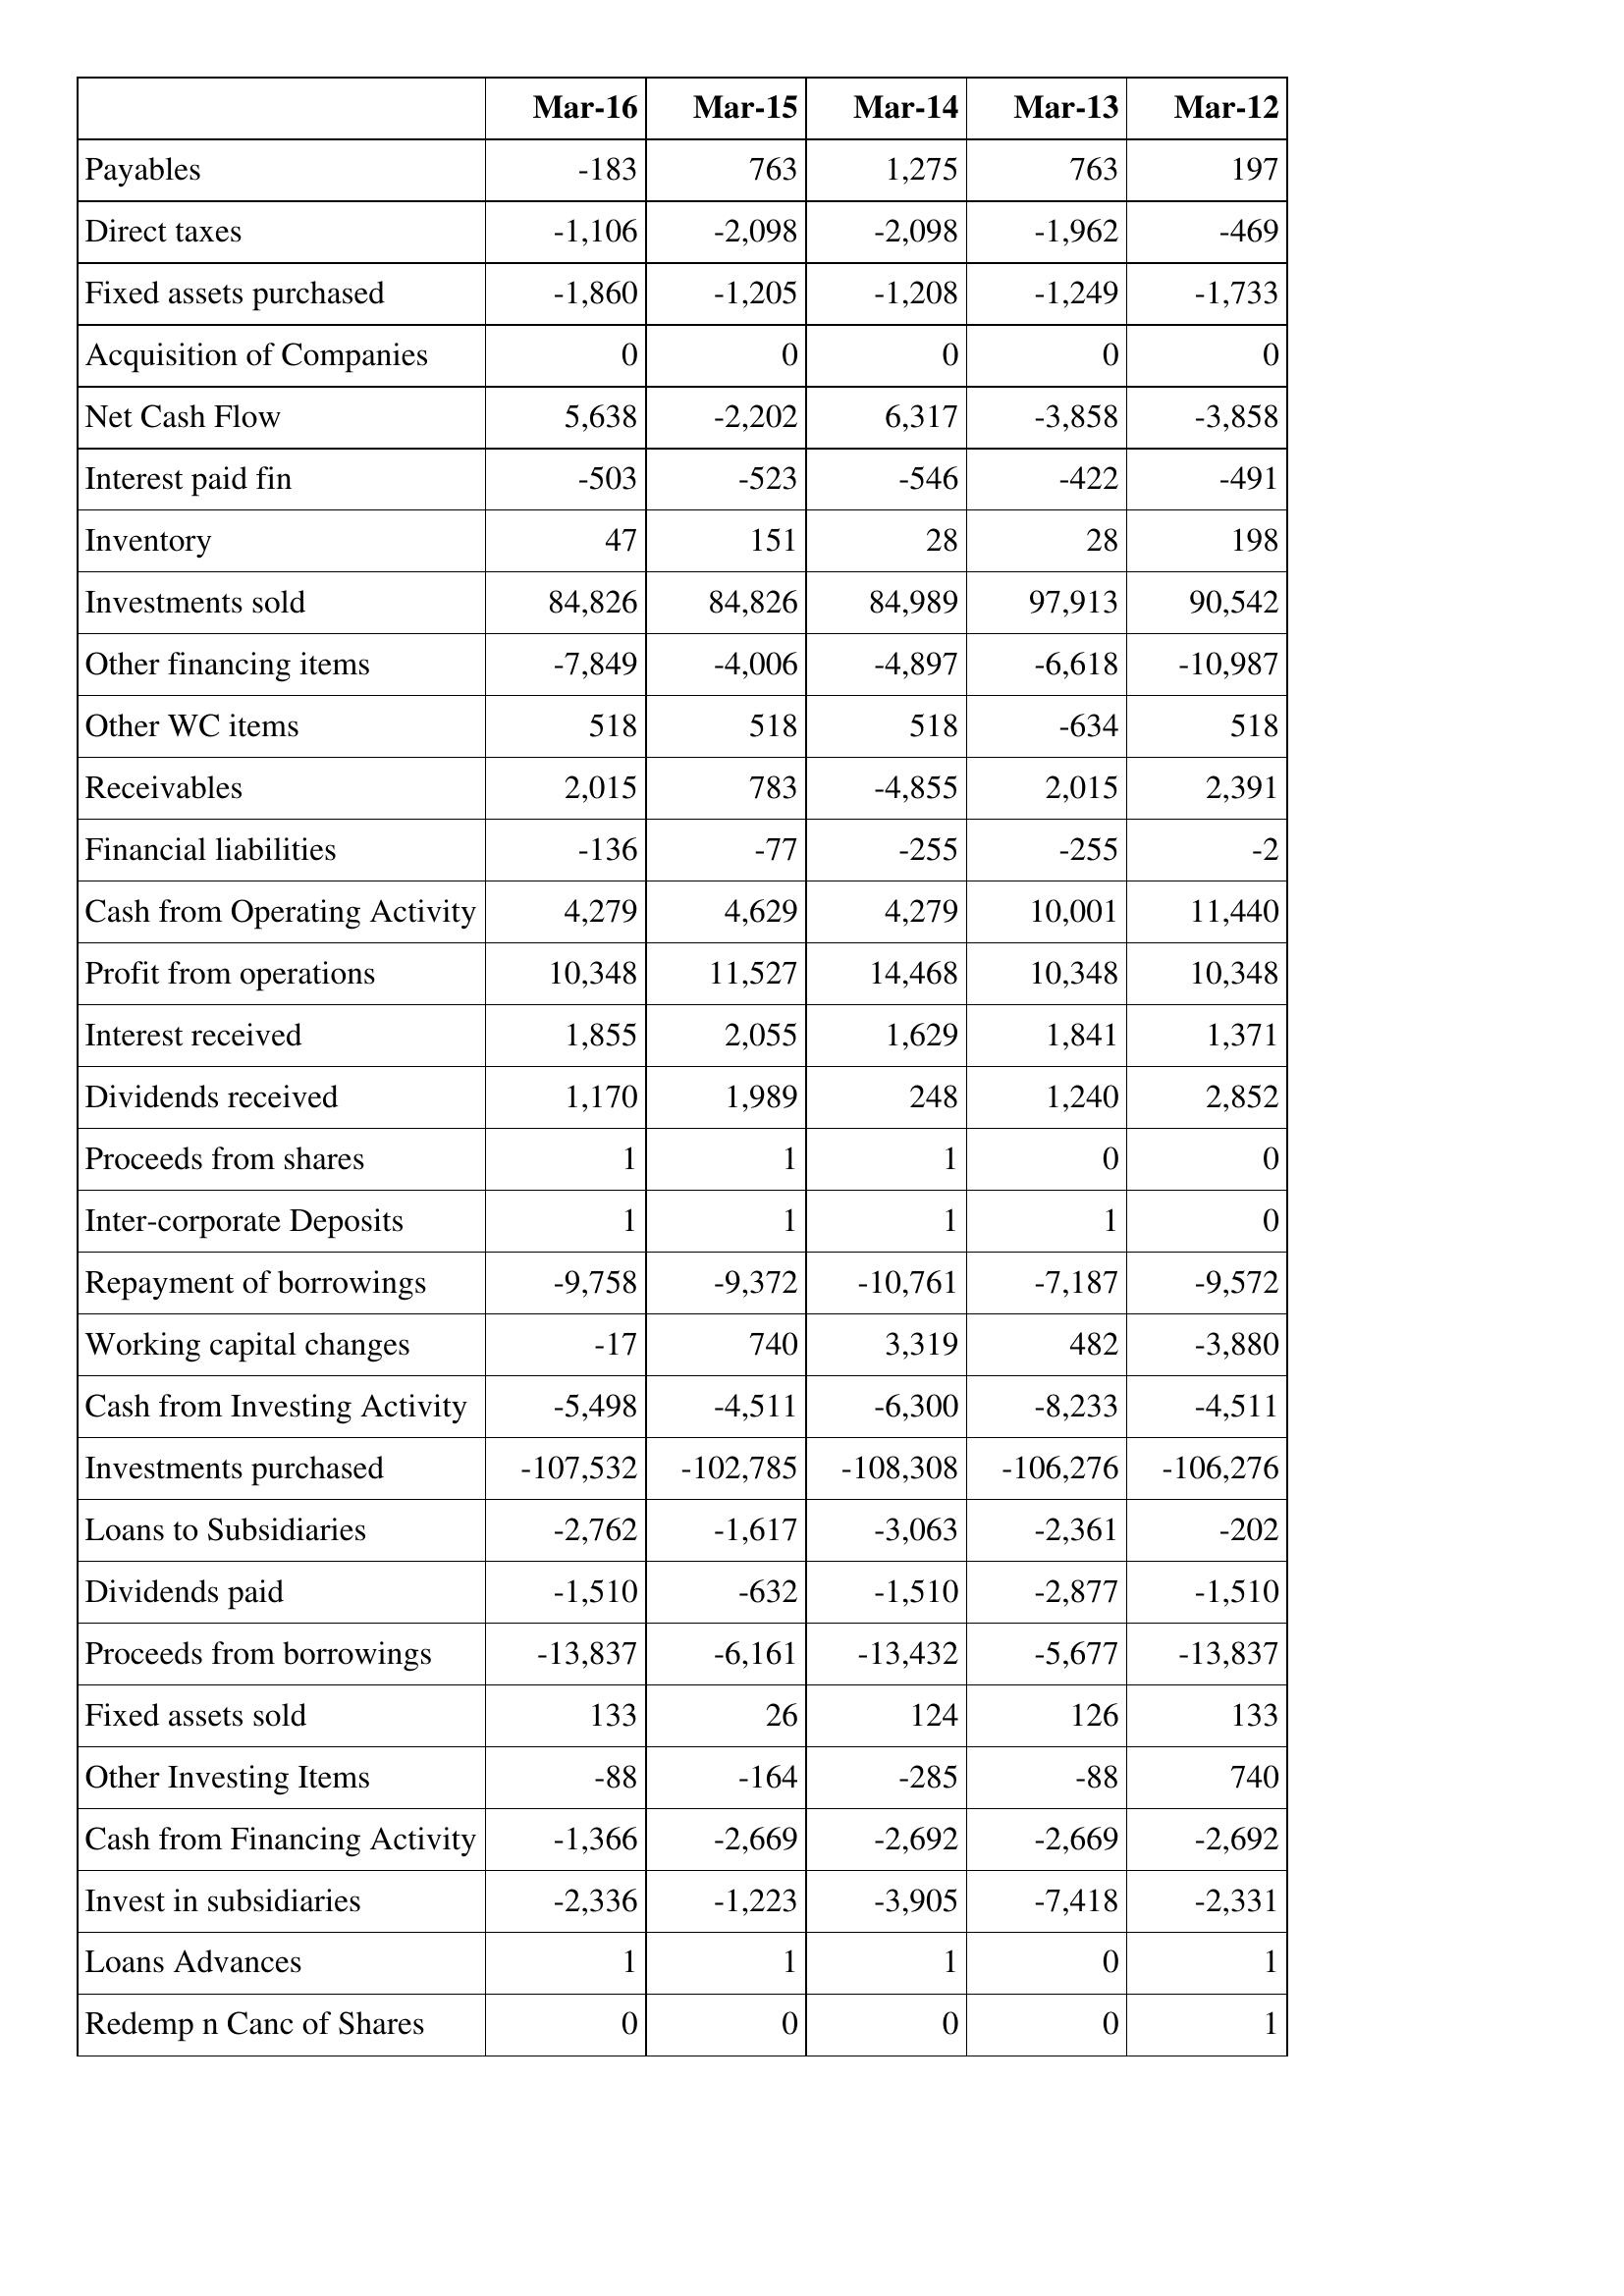
Mar-16: Cash Flows: Payables: -183
Direct taxes: -1,106
Fixed assets purchased: -1,860
Acquisition of Companies: 0
Net Cash Flow: 5,638
Interest paid fin: -503
Inventory: 47
Investments sold: 84,826
Other financing items: -7,849
Other WC items: 518
Receivables: 2,015
Financial liabilities: -136
Cash from Operating Activity: 4,279
Profit from operations: 10,348
Interest received: 1,855
Dividends received: 1,170
Proceeds from shares: 1
Inter-corporate Deposits: 1
Repayment of borrowings: -9,758
Working capital changes: -17
Cash from Investing Activity: -5,498
Investments purchased: -107,532
Loans to Subsidiaries: -2,762
Dividends paid: -1,510
Proceeds from borrowings: -13,837
Fixed assets sold: 133
Other Investing Items: -88
Cash from Financing Activity: -1,366
Invest in subsidiaries: -2,336
Loans Advances: 1
Redemp n Canc of Shares: 0
Mar-15: Cash Flows: Payables: 763
Direct taxes: -2,098
Fixed assets purchased: -1,205
Acquisition of Companies: 0
Net Cash Flow: -2,202
Interest paid fin: -523
Inventory: 151
Investments sold: 84,826
Other financing items: -4,006
Other WC items: 518
Receivables: 783
Financial liabilities: -77
Cash from Operating Activity: 4,629
Profit from operations: 11,527
Interest received: 2,055
Dividends received: 1,989
Proceeds from shares: 1
Inter-corporate Deposits: 1
Repayment of borrowings: -9,372
Working capital changes: 740
Cash from Investing Activity: -4,511
Investments purchased: -102,785
Loans to Subsidiaries: -1,617
Dividends paid: -632
Proceeds from borrowings: -6,161
Fixed assets sold: 26
Other Investing Items: -164
Cash from Financing Activity: -2,669
Invest in subsidiaries: -1,223
Loans Advances: 1
Redemp n Canc of Shares: 0
Mar-14: Cash Flows: Payables: 1,275
Direct taxes: -2,098
Fixed assets purchased: -1,208
Acquisition of Companies: 0
Net Cash Flow: 6,317
Interest paid fin: -546
Inventory: 28
Investments sold: 84,989
Other financing items: -4,897
Other WC items: 518
Receivables: -4,855
Financial liabilities: -255
Cash from Operating Activity: 4,279
Profit from operations: 14,468
Interest received: 1,629
Dividends received: 248
Proceeds from shares: 1
Inter-corporate Deposits: 1
Repayment of borrowings: -10,761
Working capital changes: 3,319
Cash from Investing Activity: -6,300
Investments purchased: -108,308
Loans to Subsidiaries: -3,063
Dividends paid: -1,510
Proceeds from borrowings: -13,432
Fixed assets sold: 124
Other Investing Items: -285
Cash from Financing Activity: -2,692
Invest in subsidiaries: -3,905
Loans Advances: 1
Redemp n Canc of Shares: 0
Mar-13: Cash Flows: Payables: 763
Direct taxes: -1,962
Fixed assets purchased: -1,249
Acquisition of Companies: 0
Net Cash Flow: -3,858
Interest paid fin: -422
Inventory: 28
Investments sold: 97,913
Other financing items: -6,618
Other WC items: -634
Receivables: 2,015
Financial liabilities: -255
Cash from Operating Activity: 10,001
Profit from operations: 10,348
Interest received: 1,841
Dividends received: 1,240
Proceeds from shares: 0
Inter-corporate Deposits: 1
Repayment of borrowings: -7,187
Working capital changes: 482
Cash from Investing Activity: -8,233
Investments purchased: -106,276
Loans to Subsidiaries: -2,361
Dividends paid: -2,877
Proceeds from borrowings: -5,677
Fixed assets sold: 126
Other Investing Items: -88
Cash from Financing Activity: -2,669
Invest in subsidiaries: -7,418
Loans Advances: 0
Redemp n Canc of Shares: 0
Mar-12: Cash Flows: Payables: 197
Direct taxes: -469
Fixed assets purchased: -1,733
Acquisition of Companies: 0
Net Cash Flow: -3,858
Interest paid fin: -491
Inventory: 198
Investments sold: 90,542
Other financing items: -10,987
Other WC items: 518
Receivables: 2,391
Financial liabilities: -2
Cash from Operating Activity: 11,440
Profit from operations: 10,348
Interest received: 1,371
Dividends received: 2,852
Proceeds from shares: 0
Inter-corporate Deposits: 0
Repayment of borrowings: -9,572
Working capital changes: -3,880
Cash from Investing Activity: -4,511
Investments purchased: -106,276
Loans to Subsidiaries: -202
Dividends paid: -1,510
Proceeds from borrowings: -13,837
Fixed assets sold: 133
Other Investing Items: 740
Cash from Financing Activity: -2,692
Invest in subsidiaries: -2,331
Loans Advances: 1
Redemp n Canc of Shares: 1